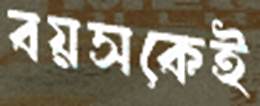
বয়সকেই